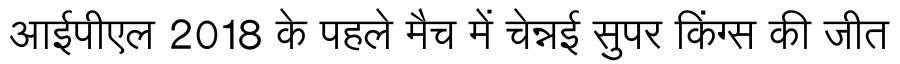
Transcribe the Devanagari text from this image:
आईपीएल 2018 के पहले मैच में चेन्नई सुपर किंग्स की जीत